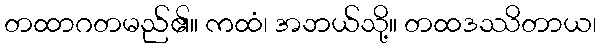
တထာဂတမည်၏။ ကထံ၊ အဘယ်သို့။ တထဒဿိတာယ၊